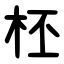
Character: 柸